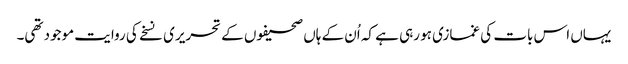
یہاں اس بات کی غمازی ہو رہی ہے کہ اُن کے ہاں صحیفوں کے تحریری نسخے کی روایت موجود تھی۔